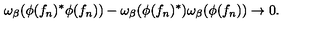
\omega _ { \beta } ( \phi ( f _ { n } ) ^ { * } \phi ( f _ { n } ) ) - \omega _ { \beta } ( \phi ( f _ { n } ) ^ { * } ) \omega _ { \beta } ( \phi ( f _ { n } ) ) \rightarrow 0 .